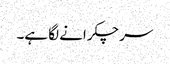
سر چکرانے لگا ہے۔